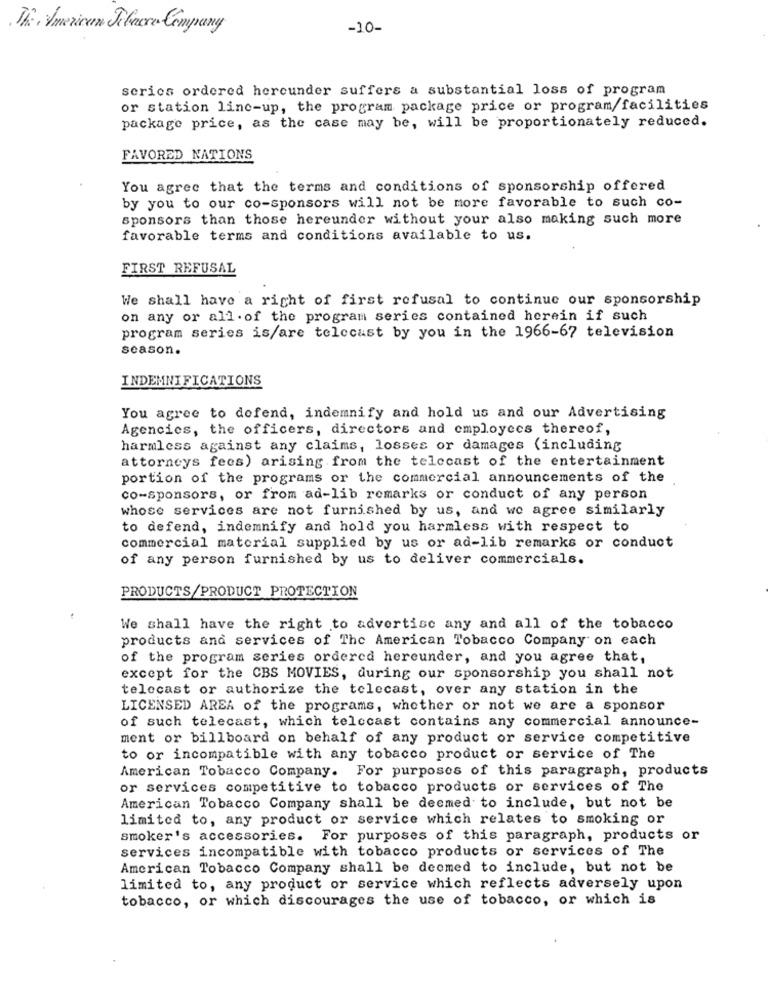
The American Jelara Company
-10-
series ordered hereunder suffers a substantial loss of program
or station line-up, the program package price or program/facilities
package price, as the case may be, will be proportionately reduced.
FAVORED NATIONS
You agree that the terms and conditions of sponsorship offered
by you to our co-sponsors will not be more favorable to such co-
sponsors than those hereunder without your also making such more
favorable terms and conditions available to us.
FIRST REFUSAL
We shall have a right of first refusal to continue our sponsorship
on any or all. of the program series contained herein if such
program series is/are telecast by you in the 1966-67 television
season.
INDEMNIFICATIONS
You agree to defend, indemnify and hold us and our Advertising
Agencies, the officers, directors and employees thereof,
harmless against any claims, losses or damages (including
attorneys fees) arising from the telecast of the entertainment
portion of the programs or the commercial announcements of the
co-sponsors, or from ad-lib remarks or conduct of any person
whose services are not furnished by us, and we agree similarly
to defend, indemnify and hold you harmless with respect to
commercial material supplied by us or ad-lib remarks or conduct
of any person furnished by us to deliver commercials.
PRODUCTS/PRODUCT PROTECTION
We shall have the right to advertise any and all of the tobacco
products and services of The American Tobacco Company on each
of the program series ordered hereunder, and you agree that,
except for the CBS MOVIES, during our sponsorship you shall not
telecast or authorize the telecast, over any station in the
LICENSED AREA of the programs, whether or not we are a sponsor
of such telecast, which telecast contains any commercial announce-
ment or billboard on behalf of any product or service competitive
to or incompatible with any tobacco product or service of The
American Tobacco Company. For purposes of this paragraph, products
or services competitive to tobacco products or services of The
American Tobacco Company shall be deemed to include, but not be
limited to, any product or service which relates to smoking or
smoker's accessories. For purposes of this paragraph, products or
services incompatible with tobacco products or services of The
American Tobacco Company shall be deemed to include, but not be
limited to, any product or service which reflects adversely upon
tobacco, or which discourages the use of tobacco, or which is